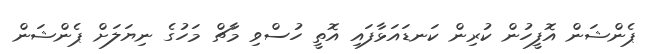
ޕެންޝަން އޮފީހުން ކުރިން ކަނޑައަޅާފައި އޮތީ ހުސްވި މާޗް މަހުގެ ނިޔަލަށް ޕެންޝަން